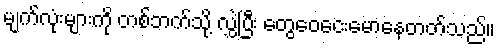
မျက်လုံးများကို တစ်ဘက်သို့ လွှဲပြီး တွေဝေငေးမောနေတတ်သည်။